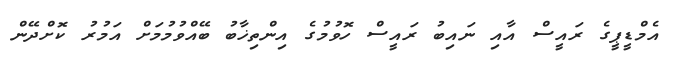
އެމްޑީޕީގެ ރައީސް އާއި ނައިބު ރައީސް ހޮވުމުގެ އިންތިޚާބު ބޭއްވުމުމަށް އަމުރު ކޮށްދޭން